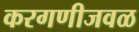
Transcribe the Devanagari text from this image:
करगणीजवळ